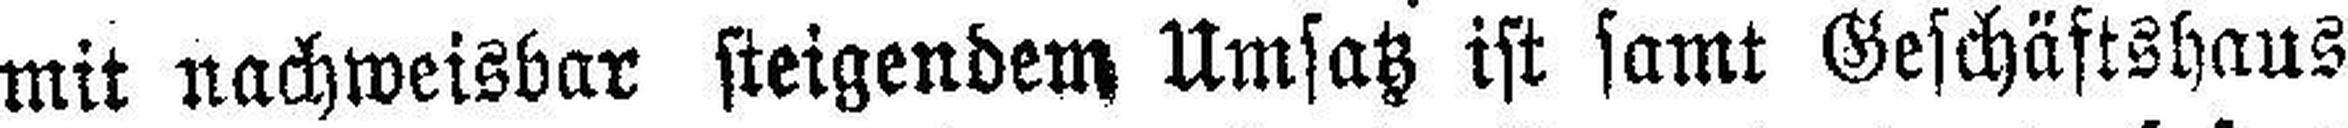
mit nachweisbar steigendem Umsatz ist samt Geschäftshaus